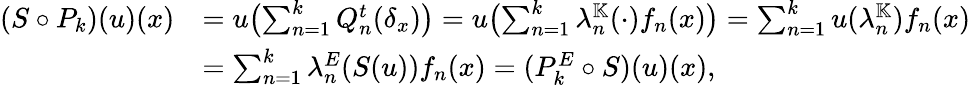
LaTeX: \begin{array}{rl}{(S\circ P_{k})(u)(x)}&{=u\bigl(\sum_{n=1}^{k}Q_{n}^{t}(\delta_{x})\bigr)=u\bigl(\sum_{n=1}^{k}\lambda_{n}^{\mathbb{K}}(\cdot)f_{n}(x)\bigr)=\sum_{n=1}^{k}u(\lambda_{n}^{\mathbb{K}})f_{n}(x)}\\ &{=\sum_{n=1}^{k}\lambda_{n}^{E}(S(u))f_{n}(x)=(P_{k}^{E}\circ S)(u)(x),}\end{array}